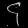
Digit: ၄